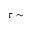
\tau \sim